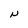
Character: N